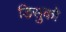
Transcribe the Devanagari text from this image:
डिसुको